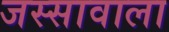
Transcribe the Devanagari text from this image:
जस्‍सावाला